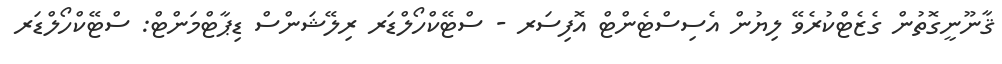
ޤާނޫނީގޮތުން ގެޒެޓްކުރެވޭ ލިޔުން އެސިސްޓެންޓް އޮފިސަރ - ސްޓޭކްހޯލްޑަރ ރިލޭޝަންސް ޑިޕާޓްމަންޓް: ސްޓޭކްހޯލްޑަރ